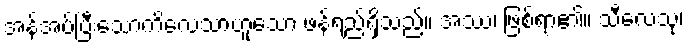
အန်အပ်ပြီးသောကိလေသာဟူသော ဖန်ရည်ရှိသည်။ အဿ၊ ဖြစ်ရာ၏။ သီလေသု၊